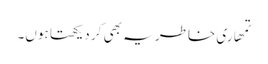
تمھاری خاطر یہ بھی کر دیکھتا ہوں۔